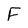
Character: F